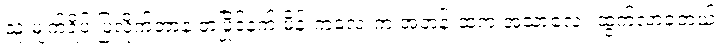
သူ မျက်ရိပ် ပြလိုက်တာနဲ့ တပြိုင်နက် မိန်းကလေးက အတန်းထဲက အသာလေး ထွက်လာခဲ့တယ်။